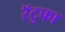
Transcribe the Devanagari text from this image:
रॅटुफा